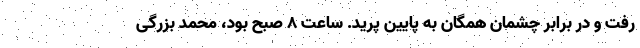
رفت و در برابر چشمان همگان به پایین پرید. ساعت 8 صبح بود، محمد بزرگی